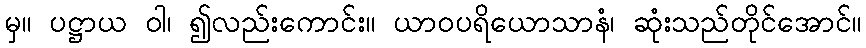
မှ။ ပဋ္ဌာယ ဝါ၊ ၍လည်းကောင်း။ ယာဝပရိယောသာနံ၊ ဆုံးသည်တိုင်အောင်။